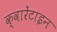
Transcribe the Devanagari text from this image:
क्वारेंटाइन